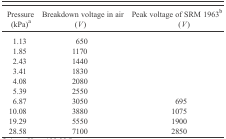
<table><thead><tr><td><b>Pressure (kPa)a</b></td><td><b>Breakdown voltage in air (<i>V</i>)</b></td><td><b>Peak voltage of SRM 1963b (<i>V</i>)</b></td></tr></thead><tbody><tr><td>1.13</td><td>650</td><td></td></tr><tr><td>1.85</td><td>1170</td><td></td></tr><tr><td>2.43</td><td>1440</td><td></td></tr><tr><td>3.41</td><td>1830</td><td></td></tr><tr><td>4.08</td><td>2080</td><td></td></tr><tr><td>5.39</td><td>2550</td><td></td></tr><tr><td>6.87</td><td>3050</td><td>695</td></tr><tr><td>10.08</td><td>3880</td><td>1075</td></tr><tr><td>19.29</td><td>5550</td><td>1900</td></tr><tr><td>28.58</td><td>7100</td><td>2850</td></tr></tbody></table>